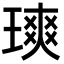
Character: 𪼐